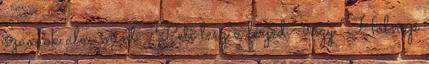
számok alá, mint: “Peti lesz a férjed.” vagy “Holnap